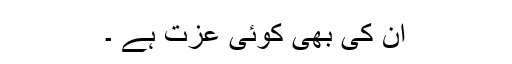
ان کی بھی کوئی عزت ہے ۔